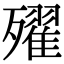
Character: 𣩰